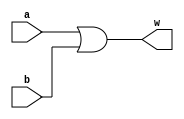
module helloWorld(
    a, b, w
);
    input a, b;
    output w;
    assign w = a || b;
endmodule